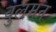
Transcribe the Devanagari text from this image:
वुलमन